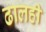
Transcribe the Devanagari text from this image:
ढालही